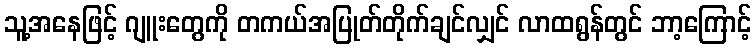
သူ့အနေဖြင့် ဂျူးတွေကို တကယ်အပြုတ်တိုက်ချင်လျှင် လာထရွန်တွင် ဘာ့ကြောင့်